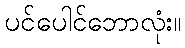
ပင်ပေါင်ဘောလုံး။